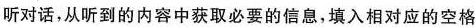
听对话,从听到的内容中获取必要的信息,填入相对应的空格